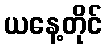
ယနေ့တိုင်